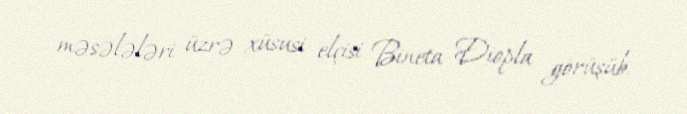
məsələləri üzrə xüsusi elçisi Bineta Diopla görüşüb.